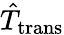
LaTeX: \hat{T}_{\mathrm{trans}}